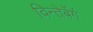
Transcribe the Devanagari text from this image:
विन्तेर्बेर्ग